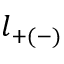
l _ { + ( - ) }